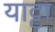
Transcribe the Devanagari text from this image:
याट्टा